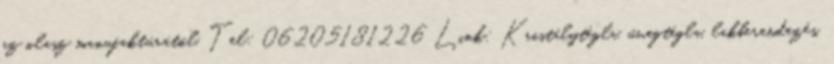
az olasz manufaktúrától. Tel: 06205181226 Link: Kristálytégla, üvegtégla, lakberendezés,